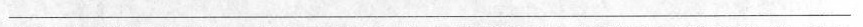
___